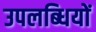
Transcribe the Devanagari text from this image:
उपलब्‍धियों